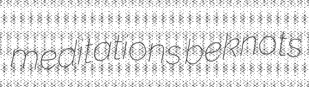
meditations beknots